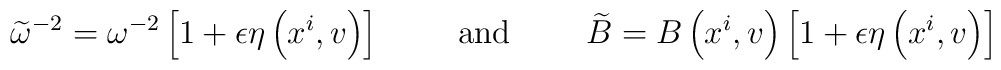
\widetilde{\omega }^{-2}=\omega ^{-2}\left[ 1+\epsilon \eta \left(x^{i},v\right) \right] \qquad \mbox{ and } \qquad \widetilde{B}=B\left(x^{i},v\right) \left[ 1+\epsilon \eta \left( x^{i},v\right) \right]